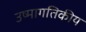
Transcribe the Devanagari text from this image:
उष्मागतिकीय